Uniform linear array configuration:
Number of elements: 16
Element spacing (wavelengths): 0.5
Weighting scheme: hann
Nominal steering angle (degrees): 0
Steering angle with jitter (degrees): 1.141
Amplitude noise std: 0.05
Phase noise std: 0.05

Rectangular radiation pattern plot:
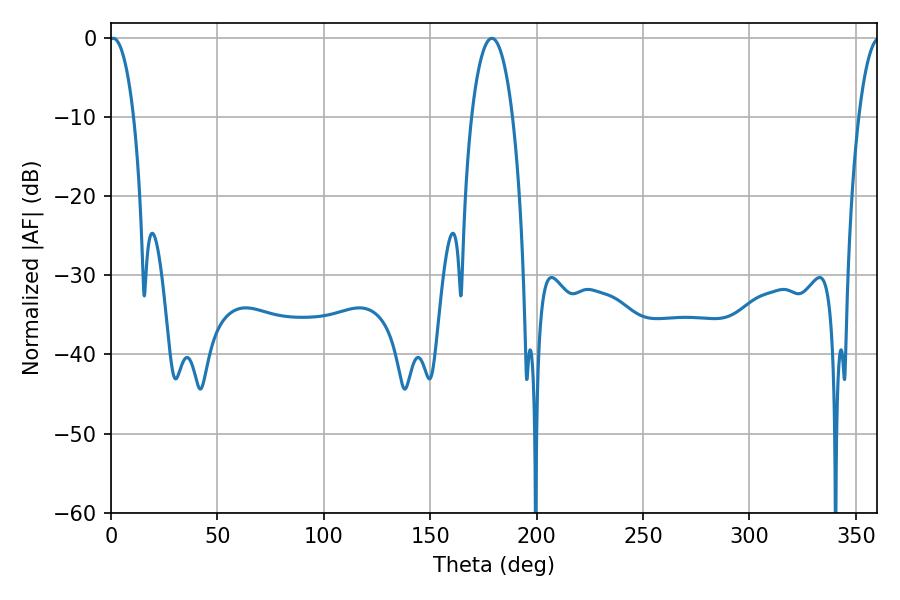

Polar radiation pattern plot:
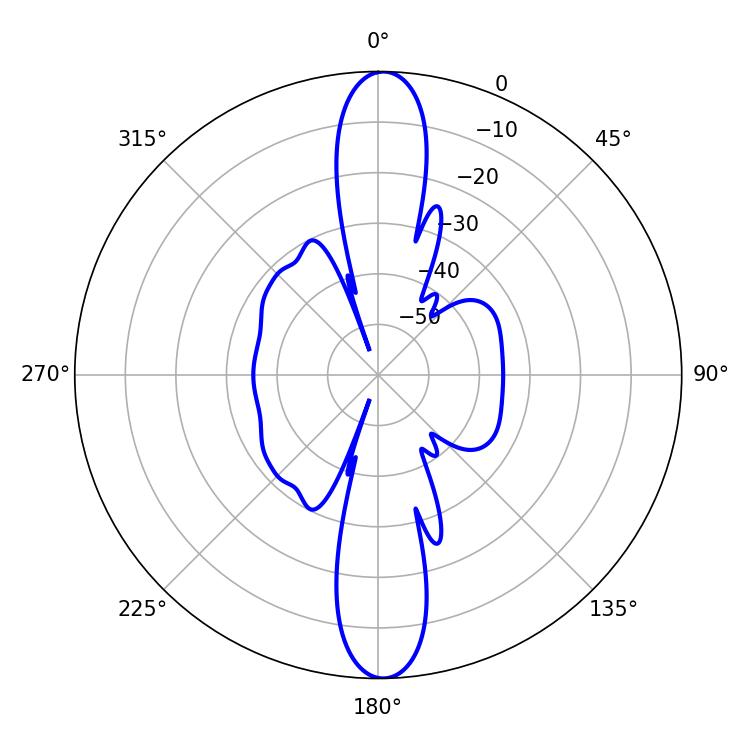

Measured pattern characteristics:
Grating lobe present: FALSE
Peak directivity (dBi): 24.721
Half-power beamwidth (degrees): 10.8
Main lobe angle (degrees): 178.92